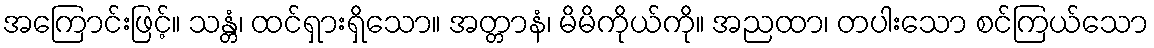
အကြောင်းဖြင့်။ သန္တံ၊ ထင်ရှားရှိသော။ အတ္တာနံ၊ မိမိကိုယ်ကို။ အညထာ၊ တပါးသော စင်ကြယ်သော